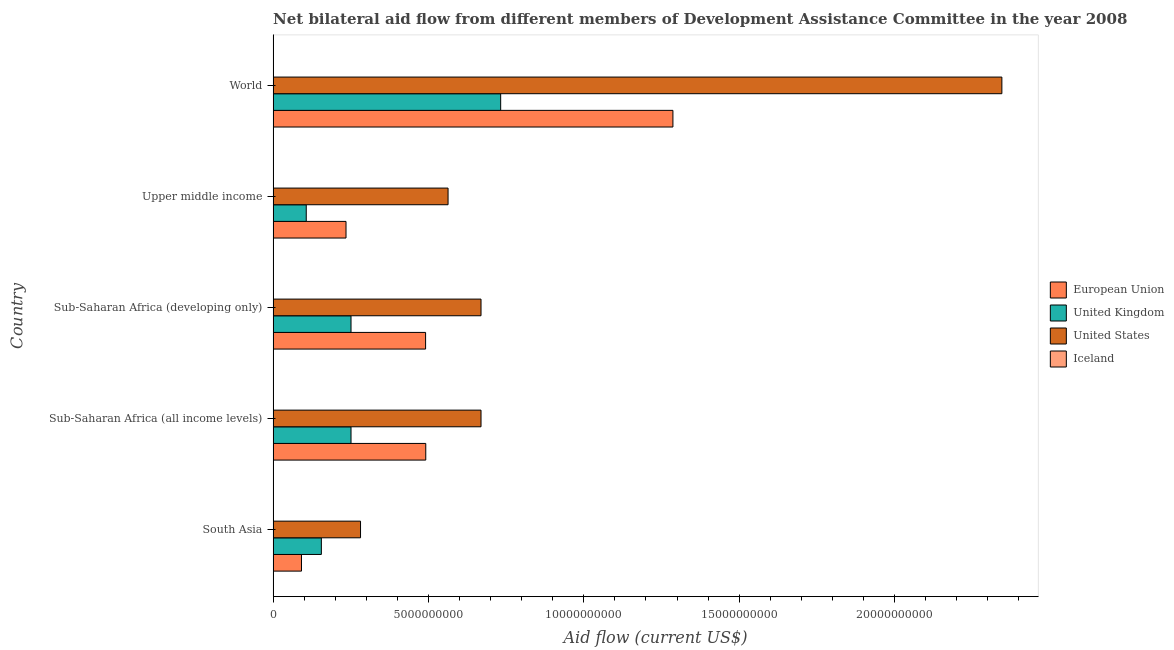
| Country | European Union | United Kingdom | United States | Iceland |
 | --- | --- | --- | --- | --- |
 | South Asia | 9.13e+08 | 1.55e+09 | 2.81e+09 | 5.5e+05 |
 | Sub-Saharan Africa (all income levels) | 4.91e+09 | 2.51e+09 | 6.69e+09 | 5.3e+05 |
 | Sub-Saharan Africa (developing only) | 4.91e+09 | 2.51e+09 | 6.69e+09 | 5.13e+06 |
 | Upper middle income | 2.35e+09 | 1.07e+09 | 5.63e+09 | 3.57e+06 |
 | World | 1.29e+10 | 7.32e+09 | 2.35e+10 | 2.64e+06 |